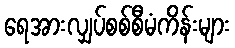
ရေအားလျှပ်စစ်စီမံကိန်းများ